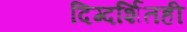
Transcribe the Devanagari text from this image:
दिग्दर्शितही